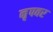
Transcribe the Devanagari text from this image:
नृपवर